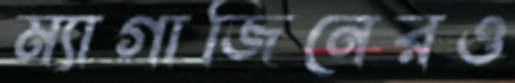
ম্যাগাজিনেরও